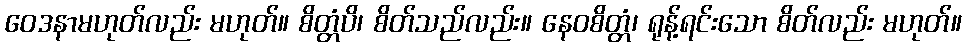
ဝေဒနာမဟုတ်လည်း မဟုတ်။ စိတ္တံပိ၊ စိတ်သည်လည်း။ နေဝစိတ္တံ၊ ရုန့်ရင်းသော စိတ်လည်း မဟုတ်။